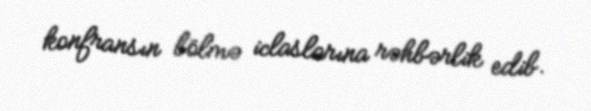
konfransın bölmə iclaslarına rəhbərlik edib.